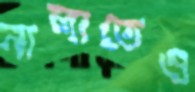
নালাতেও